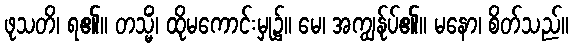
ဖုသတိ၊ ရ၏။ တသ္မိံ၊ ထိုမကောင်းမှု၌။ မေ၊ အကျွန်ုပ်၏။ မနော၊ စိတ်သည်။